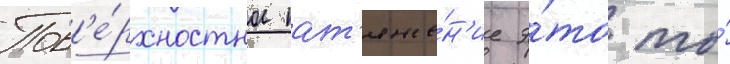
Пов'е́рхностное нат'яже́н'ие э́то то́